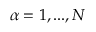
\alpha = 1 , . . . , N